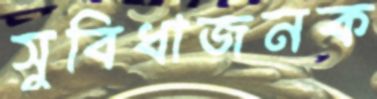
সুবিধাজনক